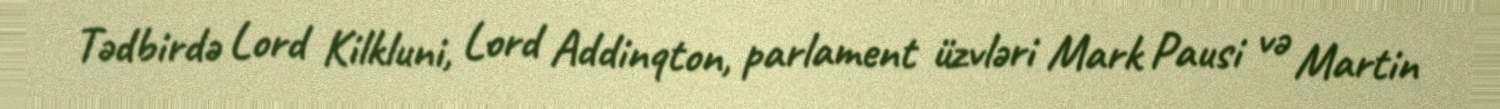
Tədbirdə Lord Kilkluni, Lord Addinqton, parlament üzvləri Mark Pausi və Martin